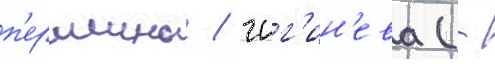
п'ершино / чиг'ин'ева (-